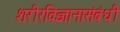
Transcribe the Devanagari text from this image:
शरीरविज्ञानासंबंधी